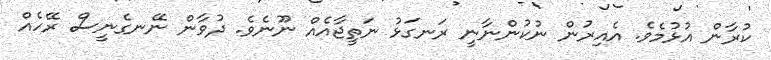
ކުރާން އުޅުމެވެ. އެއިރުން ނުކުންނާނީ ރަނގަޅު ނަތީޖާއެއް ނޫނެވެ. ދުވާން ނޭނގެނީސް ރޭހެއް